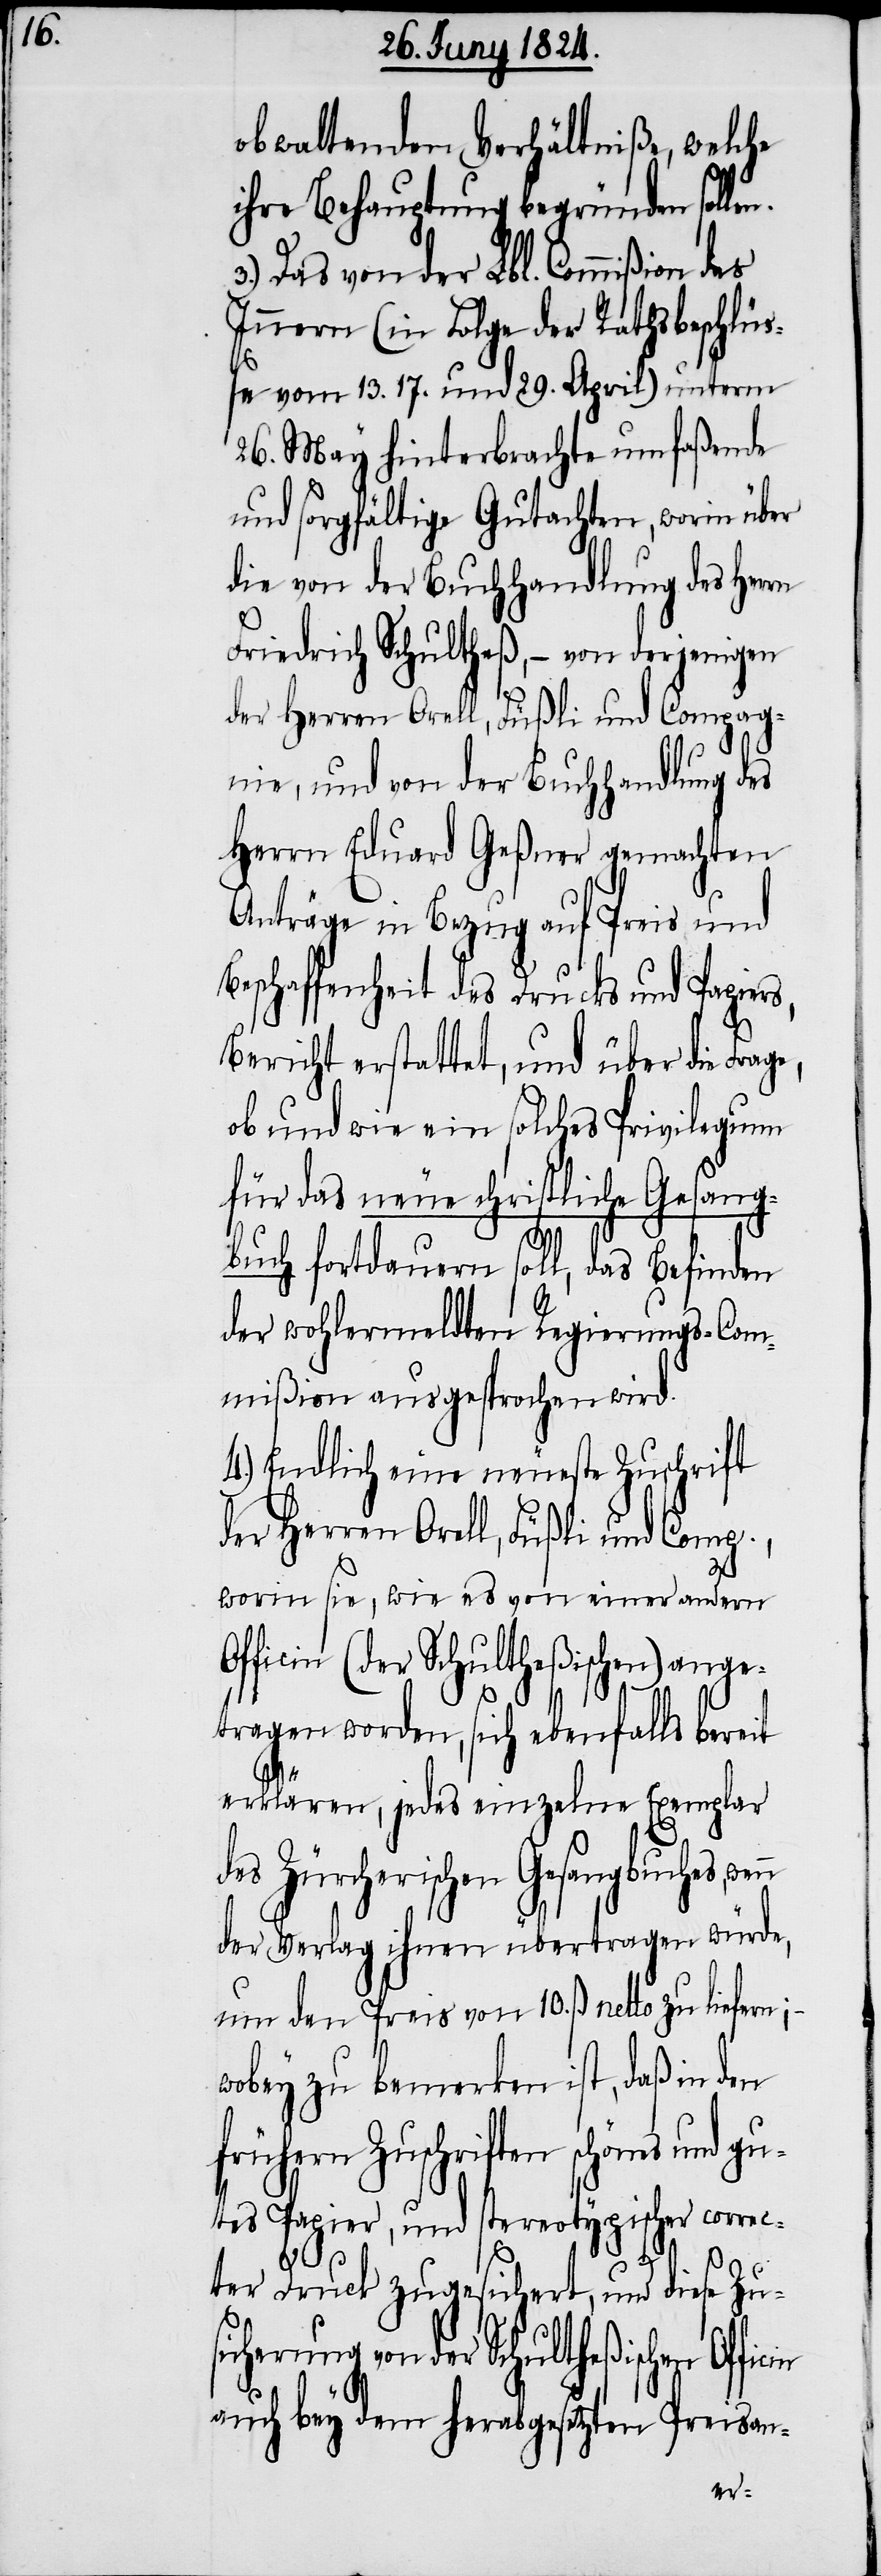
obwaltenden Verhältniße, welche
ihre Behauptung begründen solle¬
3.) Das von der Lbl. Commißion des
Innern (in Folge der Rathsbeschlüß¬
e vom 13. 17. und 29. April) unterm
26. May hinterbrachte umfaßende
und sorgfältige Gutachten, worin über
die von der Buchhandlung des Herrn
Friedrich Schultheß, – von derjenigen
der Herren Orell, Füßli und Compag¬
nie, und von der Buchhandlung des
Herrn Eduard Geßner gemachten
Anträge in Bezug auf Preis und
Beschaffenheit des Drucks und Papier¬
Bericht erstattet, und über die Frag¬
ob und wie ein solches Privilegium
für das neue christliche Gesang¬
buch fortdauern soll, das Befinden
der wohlermeldten Regierungs-Com¬
mißion ausgesprochen wird.
4.) Endlich eine neueste Zuschrift
der Herren Orell, Füßli und Comp.,
worin sie, wie es von einer andern
Officin (der Schultheßischen) ange¬
n.
tragen worden, sich ebenfalls bereit
erklären, jedes einzelne Exemplar
des Zürcherischen Gesangbuches,
der Verlag ihnen übertragen würde,
um den Preis von 10. ß netto zu liefern; –
wobey zu bemerken ist, daß in den
frühern Zuschriften schönes und g¬
utes Papier, und stereotypischer correc¬
e,
ter Druck zugesichert, und diese Zusi¬
cherung von der Schultheßischen
auch bey dem herabgesetzten Preisan-